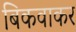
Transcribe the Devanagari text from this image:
बिकवाकर